Jaan_Tonisson_(Lasteleht), lk 190
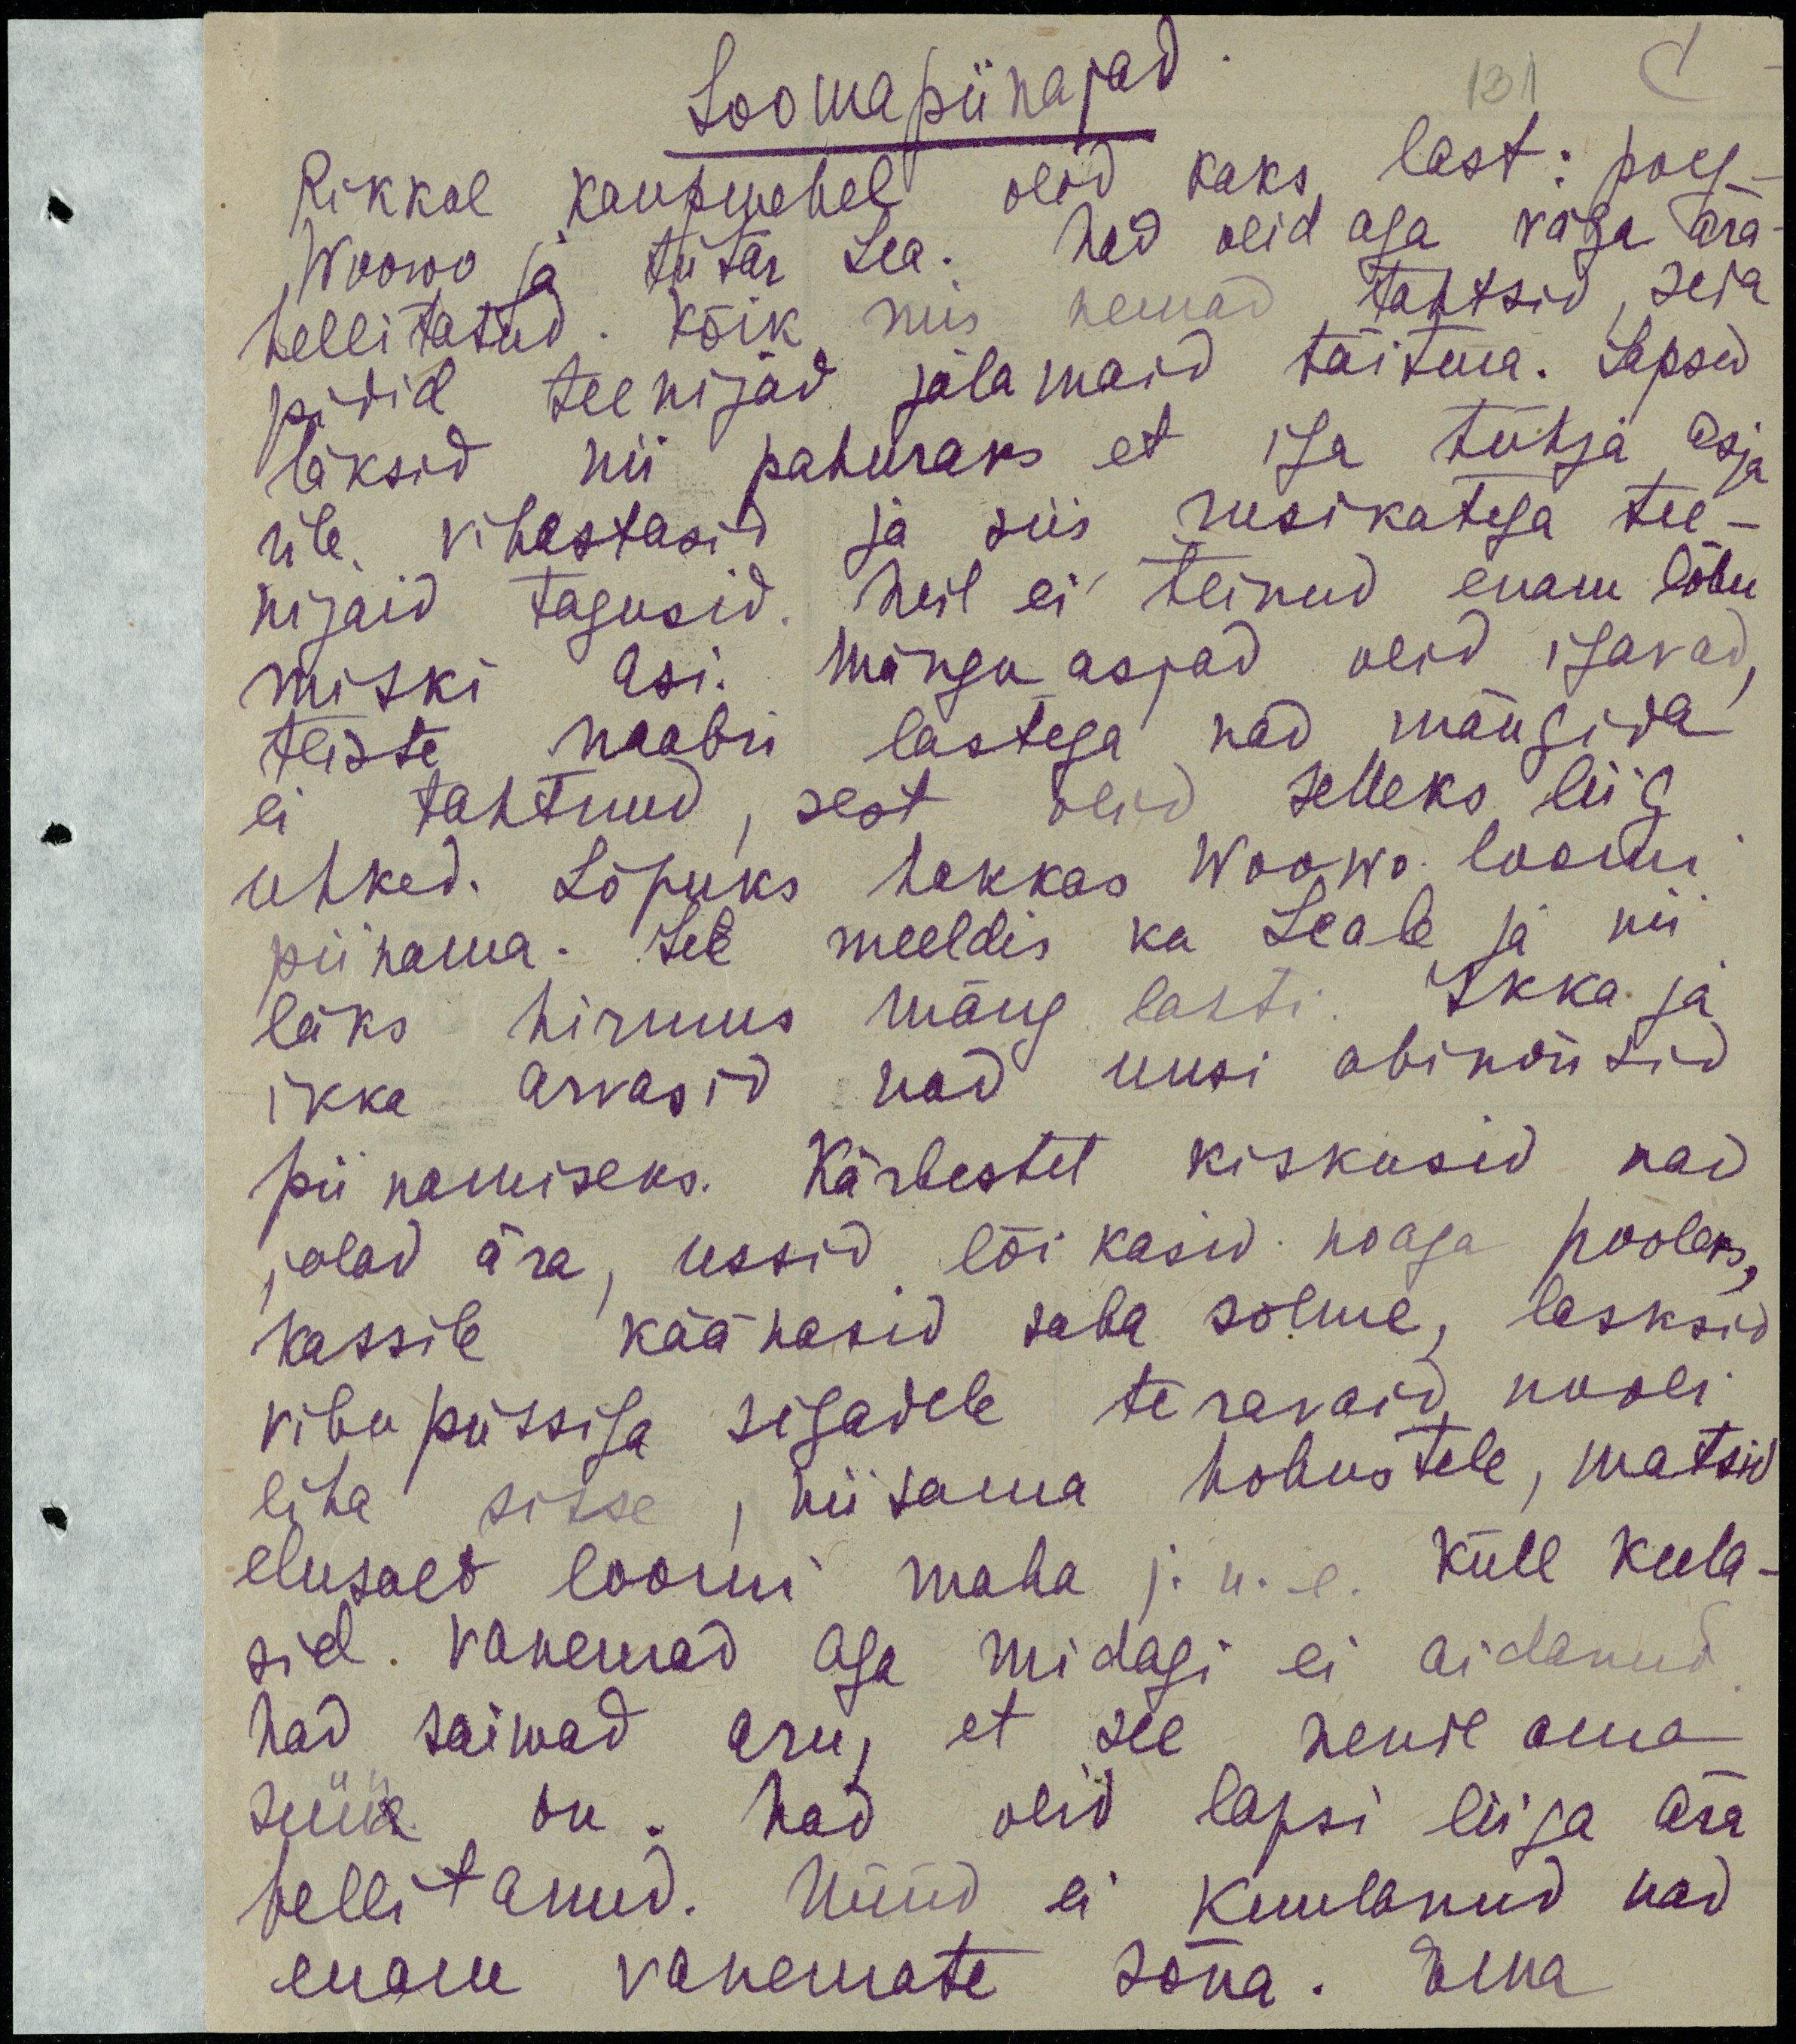
Loomapiinajad
Rikkal kaupmehel olid kaks last: poeg
Woowo ja tütar Lea: nad olid aga väga ära-
hellitatud. Kõik mis nemad tahtsid, seda
pidid teenijad jalamaid täitma. Lapsed
läksid nii pahuraks, et iga tühja asja
üle vihastasid ja siis rusikatega tee-
nijaid tagusid. Neil ei teinud enam lõbu
miski asi. Mängu asjad olid igavad, 
teiste naabri lastega nad mängida
ei tahtnud, sest olid selleks liig
uhked. Lõpuks hakkas Woowo loomi
piinama. See meeldis ka Leale ja nii
läks hirmus mäng lahti. Ikka ja
ikka arvasid nad uusi abinõusid
piinamiseks. Kärbestel kiskusid nad
jalad ära, ussid lõi kasid noaga pooleks,
kassile käänasid saba sõlme, lasksid
vibupüssiga sigadele teravaid nooli
liha sisse, niisama hobustele, matsid
elusalt loomi maha j.n.e Küll keela-
sid vanemad aga midagi ei aidanud.
Nad saiwad aru, et see nende oma
süü on. Nad olid lapsi liiga ära
hellitanud. Nüüd ei kuulanud nad
enam vanemate sõna. Ema